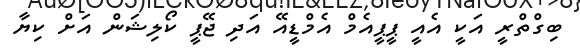
ބިގްތްރީ އަކީ އެއީ ޕީޕީއެމް އެމްޑީއޭ އަދި ޖޭޕީ ކޯލިޝަން އަށް ކިޔާ